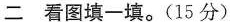
二 看图填一填。(15分)